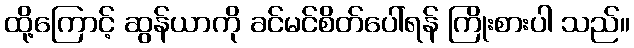
ထို့ကြောင့် ဆွန်ယာကို ခင်မင်စိတ်ပေါ်ရန် ကြိုးစားပါ သည်။